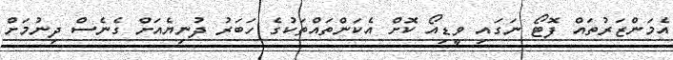
އެމަންޒަރުތައް ފޮޓޯ ނަގައި ވީޑިއޯ ކޮށް އެކަންތައްތަކުގެ ހަބަރު ދުނިޔެއަށް ގެނެސް ދިނުމަށް